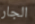
الجار